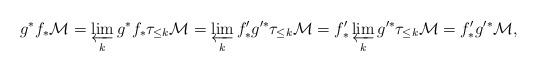
\begin{align*}g^* f_* \mathcal M = \varprojlim_k g^* f_* \tau_{\le k} \mathcal M = \varprojlim_k f'_* g'^* \tau_{\le k} \mathcal M = f'_* \varprojlim_k g'^* \tau_{\le k} \mathcal M = f'_* g'^* \mathcal M,\end{align*}